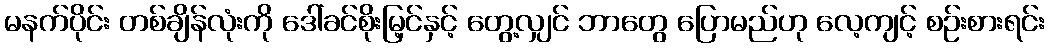
မနက်ပိုင်း တစ်ချိန်လုံးကို ဒေါ်ခင်စိုးမြ့င်နှင့် တွေ့လျှင် ဘာတွေ ပြောမည်ဟု လေ့ကျင့် စဉ်းစားရင်း